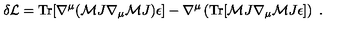
\delta { \cal L } = \mathrm { T r } [ \nabla ^ { \mu } ( { \cal M } J \nabla _ { \mu } { \cal M } J ) \epsilon ] - \nabla ^ { \mu } \left( \mathrm { T r } [ { \cal M } J \nabla _ { \mu } { \cal M } J \epsilon ] \right) \ .